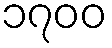
၁၇၀၀